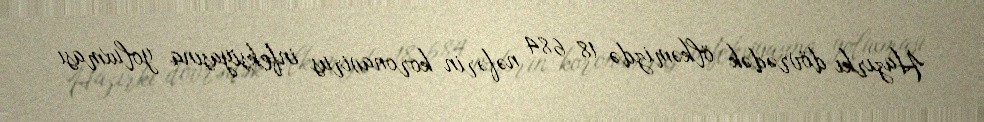
Hazırkı dövrədək ölkəmizdə 18 684 nəfərin koronavirus infeksiyasına yoluxması